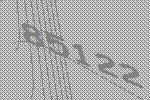
85122